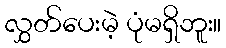
လွှတ်ပေးမဲ့ ပုံမရှိဘူး။